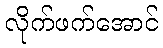
လိုက်ဖက်အောင်